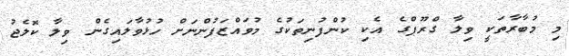
މި މުބާރާތަކީ ވިލާ ގްރޫޕްގެ އެކި ކުންފުނިތަކުގެ މުވައްޒަފުންނަށް ހުޅުވާލައިގެން ވިލާ ކޮލެޖު